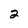
Character: 2